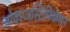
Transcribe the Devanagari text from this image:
ओवरजस्टिफिकेशन